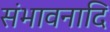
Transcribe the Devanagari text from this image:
संभावनादि